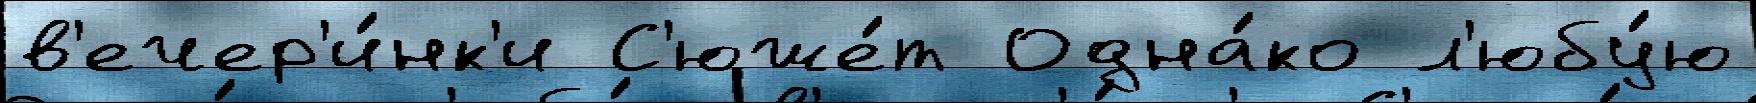
в'ечер'и́нк'и С'юже́т Одна́ко л'юбу́ю